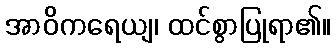
အာဝိကရေယျ၊ ထင်စွာပြုရာ၏။